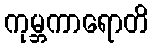
ကုမ္ဘကာရောတိ